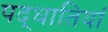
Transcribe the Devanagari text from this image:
पद्धातियां